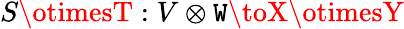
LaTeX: S\otimesT:V\otimes\mathtt{W}\toX\otimesY